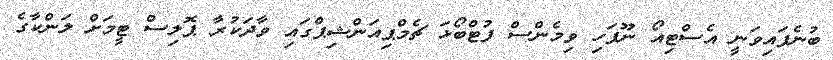
ބުނެފައިވަނީ އެސްޓިއޯ ނޫފަހި ވިމެންސް ފުޓްބޯޅަ ޗެމްޕިއަންޝިޕްގައި ވާދަކުރާ ޕޮލިސް ޓީމަށް ލަންކާގެ